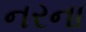
નરના